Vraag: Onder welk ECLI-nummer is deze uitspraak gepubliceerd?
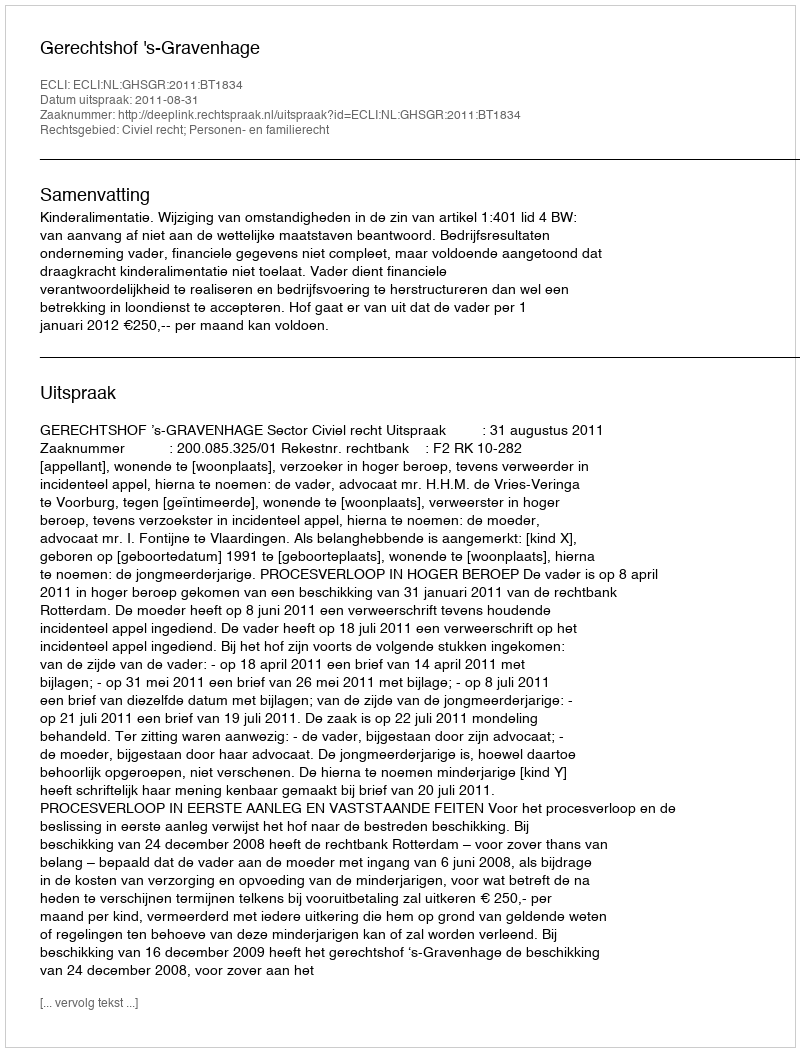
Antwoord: ECLI:NL:GHSGR:2011:BT1834